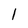
Character: 1